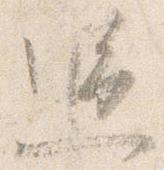
追